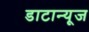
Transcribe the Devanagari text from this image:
डाटान्यूज